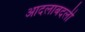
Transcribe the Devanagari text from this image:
आदलाबदली